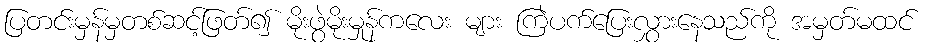
ပြတင်းမှန်မှတစ်ဆင့်ဖြတ်၍ မိုးဖွဲမိုးမှုန်ကလေး များ ကြဲပက်ပြေးလွှားနေသည်ကို အမှတ်မထင်